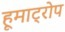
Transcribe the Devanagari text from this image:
हूमाट्रोप